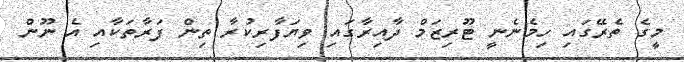
މީގެ ތެރޭގައި ހިމެނެނީ ޓޫރިޒަމް ދާއިރާގައި ވިޔަފާރިކުރާ ތިން ފަރާތަކާއި އެ ނޫން